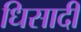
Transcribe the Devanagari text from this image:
धिसादी